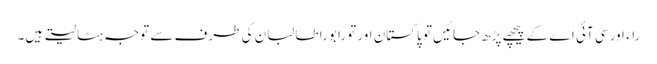
راء اور سی آئی اے کے پیچھے پڑھ جائیں تو پاکستان اور تورا بورا طالبان کی طرف سے توجہ ہٹا لیتے ہیں۔